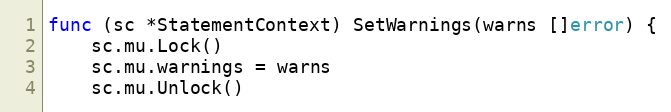
Language: Go
func (sc *StatementContext) SetWarnings(warns []error) {
	sc.mu.Lock()
	sc.mu.warnings = warns
	sc.mu.Unlock()